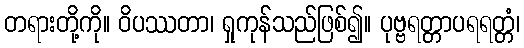
တရားတို့ကို။ ဝိပဿတာ၊ ရှုကုန်သည်ဖြစ်၍။ ပုဗ္ဗရတ္တာပရရတ္တံ၊